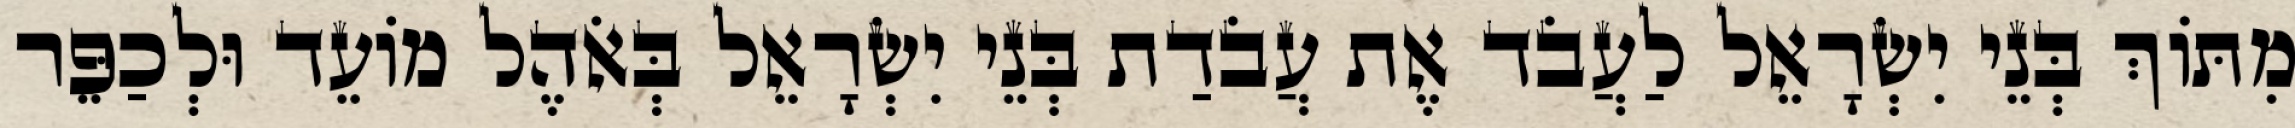
מִתּוֹךְ בְּנֵי יִשְׂרָאֵל לַעֲבֹד אֶת עֲבֹדַת בְּנֵי יִשְׂרָאֵל בְּאֹהֶל מוֹעֵד וּלְכַפֵּר